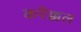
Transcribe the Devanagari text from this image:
करैक्कल